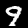
Digit: 9